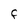
Character: F